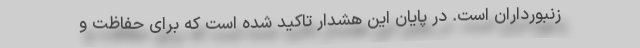
زنبورداران است. در پایان این هشدار تاکید شده است که برای حفاظت و